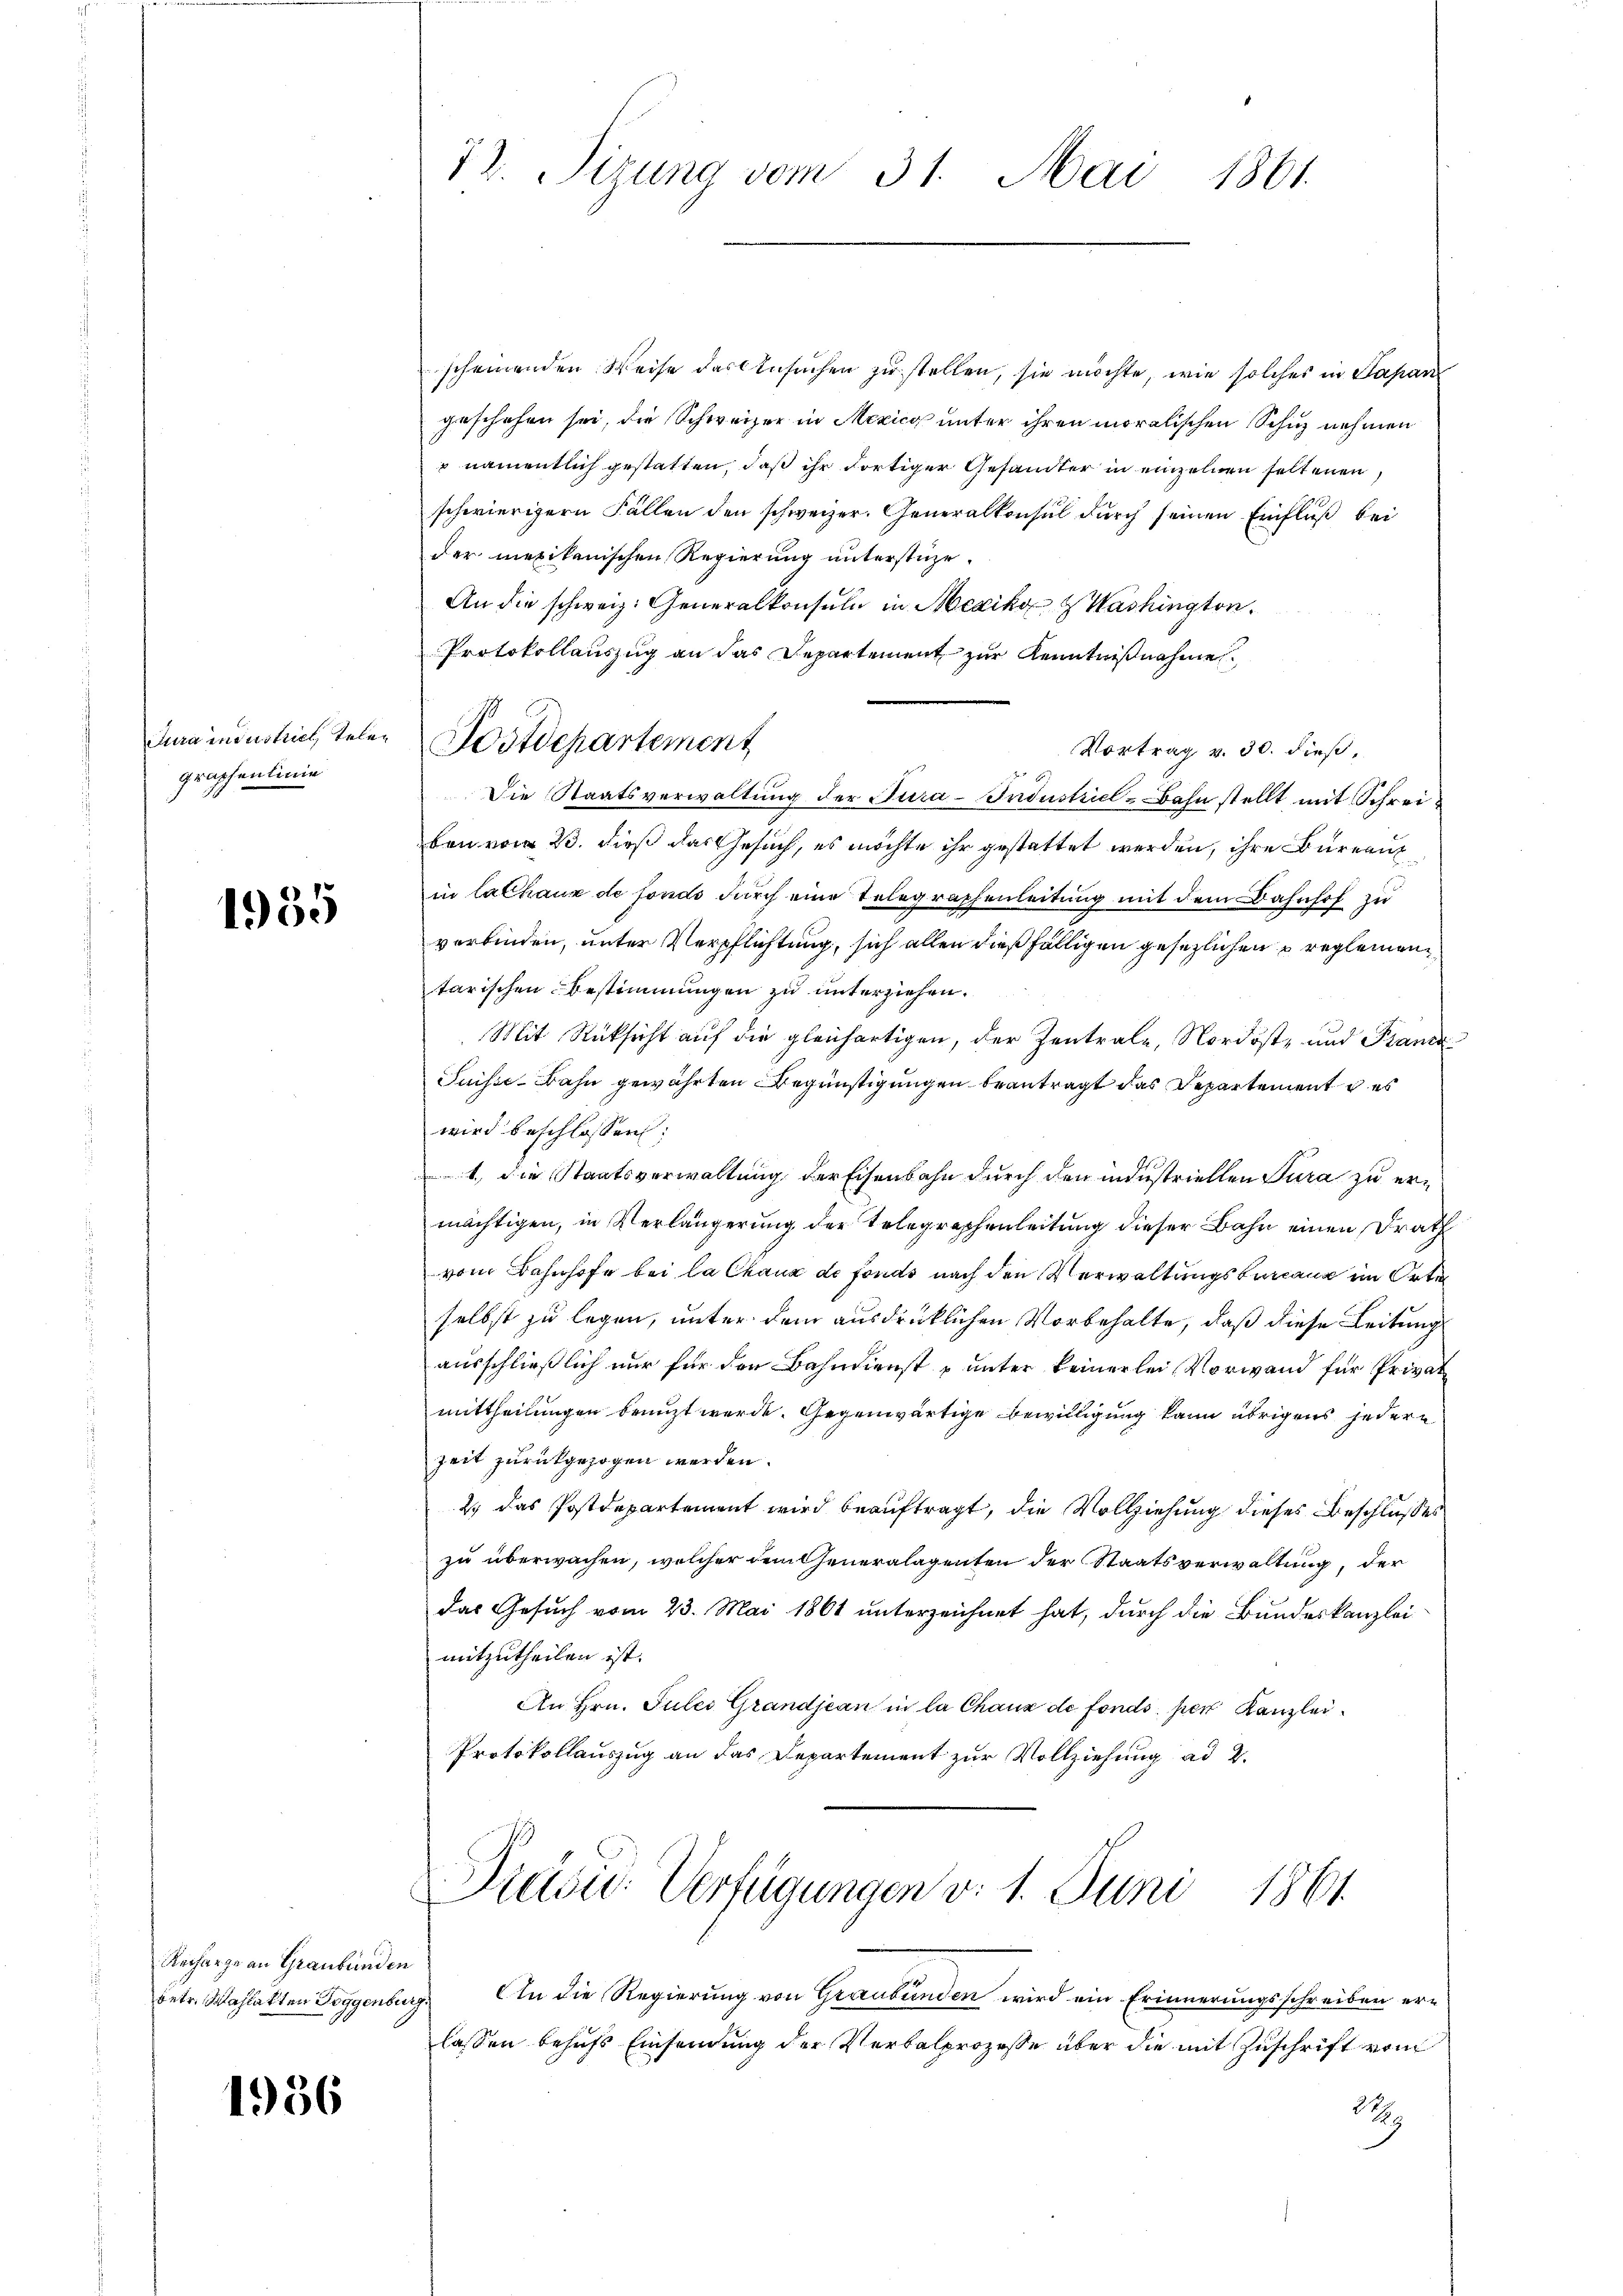
Jura industrich, telen
graphenlinie

1955

scheinenden Weise das Ansuchen zu stellen, sie möchte, wie solches in Papan
geschehen sei, die Schweizer in Mexico unter ihren moralischen Schuz nehmen
 namentlich gestatten, daß ihr dortiger Gesandter in einzelnen seltenen,
schwierigern Fällen den schweizer. Generalkonsul durch seinen Einfluß bei
der mexikanischen Regierung unterstüze.
An die schweiz. Generalkonsuln in Mexikon & Washington
Protokollauszug an das Departement zur Kenntnißnahme
Vortrag v. 30. dieß,
Die Staatsverwaltung der Jura-Industricl-Bahn stellt mit Schreiben vom 23. dieß das Gesuch, es möchte ihr gestattet werden, ihre Büreau
in Cathaus de fonds durch eine Telegraphenleitung mit dem Bahnhof zu
verbinden, unter Verpflichtung, sich allen dießfälligen gesetzlichen reglementarischen Bestimmungen zu unterziehen.
Mit Rücksicht auf die gleichartigen, der Zentrale, Nordost- und Paniz
Suisse Bahn gewährten Begünstigungen beantragt das Departement u. es
wird beschlossen:
1., die Staatsverwaltung der Eisenbahn durch den industriellen Jura zu ermächtigen, in Verlängerung der Telegraphenleitung dieser Bahn einen Drath
vom Bahnhofe bei la Chaux de fonds nach den Verwaltungsbureau im Orten
selbst zu legen, unter dem ausdrücklichen Vorbehalte, daß diese Leitung
ausschließlich nur für den Bahndienst unter keinerlei Vorwand für Privat
mittheilungen benuzt werde. Gegenwärtige Bewilligung kann übrigens jedere
Zeit zurükgezogen werden.
2.) Das Postdepartement wird beauftragt, die Vollziehung dieses Beschlußes
zu überwachen, welcher dem Generalagenten der Staatsverwaltung, der
das Gesuch vom 23. Mai 1861 unterzeichnet hat, durch die Bundeskanzlei
mitzutheilen ist.
An Hrn. Jules Grandjean in la Chaux de fonds per Kanzlei¬
Protokollauszug an das Departement zur Vollziehung ad 2.

Rechange an Graubünden
betr. Wahlakten Toggenburg.

1936

12. Sizung vom 31. Mai 1861.

Postdepartement

Drasu Verfügungen v. 1. Juni 1861

In die Regierung von Graubünden wird ein Erinnerungsschreiben erlassen behufs Einsendung der Verbalprozesse über die mit Zuschrift vom
12